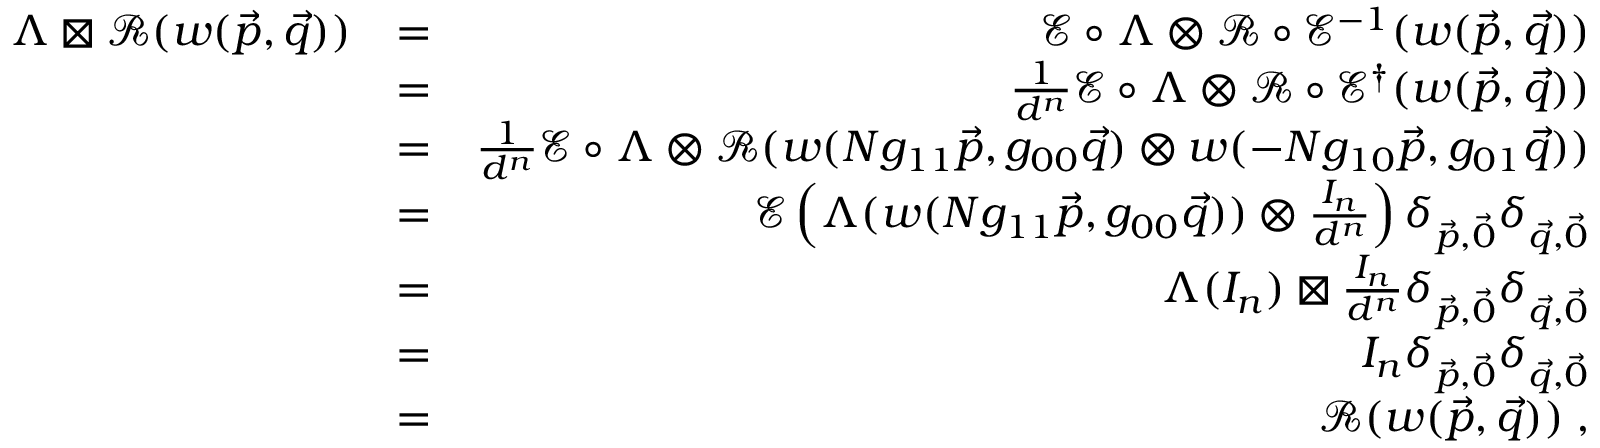
\begin{array} { r l r } { \Lambda \boxtimes \mathcal { R } ( w ( \vec { p } , \vec { q } ) ) } & { = } & { \mathcal { E } \circ \Lambda \otimes \mathcal { R } \circ \mathcal { E } ^ { - 1 } ( w ( \vec { p } , \vec { q } ) ) } \\ & { = } & { \frac { 1 } { d ^ { n } } \mathcal { E } \circ \Lambda \otimes \mathcal { R } \circ \mathcal { E } ^ { \dag } ( w ( \vec { p } , \vec { q } ) ) } \\ & { = } & { \frac { 1 } { d ^ { n } } \mathcal { E } \circ \Lambda \otimes \mathcal { R } ( w ( N g _ { 1 1 } \vec { p } , g _ { 0 0 } \vec { q } ) \otimes w ( - N g _ { 1 0 } \vec { p } , g _ { 0 1 } \vec { q } ) ) } \\ & { = } & { \mathcal { E } \left( \Lambda ( w ( N g _ { 1 1 } \vec { p } , g _ { 0 0 } \vec { q } ) ) \otimes \frac { I _ { n } } { d ^ { n } } \right) \delta _ { \vec { p } , \vec { 0 } } \delta _ { \vec { q } , \vec { 0 } } } \\ & { = } & { \Lambda ( I _ { n } ) \boxtimes \frac { I _ { n } } { d ^ { n } } \delta _ { \vec { p } , \vec { 0 } } \delta _ { \vec { q } , \vec { 0 } } } \\ & { = } & { I _ { n } \delta _ { \vec { p } , \vec { 0 } } \delta _ { \vec { q } , \vec { 0 } } } \\ & { = } & { \mathcal { R } ( w ( \vec { p } , \vec { q } ) ) \; , } \end{array}